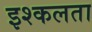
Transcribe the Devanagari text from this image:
इश्कलता